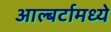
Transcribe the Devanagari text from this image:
आल्बर्टामध्ये